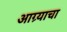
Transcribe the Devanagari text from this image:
आग्र्याचा